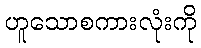
ဟူသောစကားလုံးကို